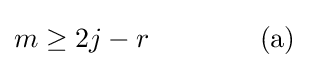
m\geq 2j-r\qquad \qquad \mathrm {(a)}